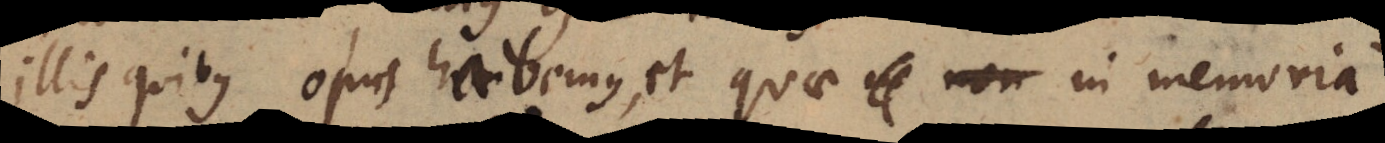
illis quibus opus habemus, et quae non in memoria